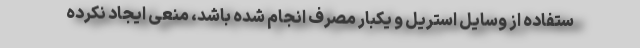
ستفاده از وسایل استریل و یکبار مصرف انجام شده باشد، منعی ایجاد نکرده